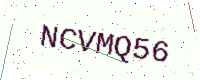
Text: NCVMQ56